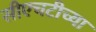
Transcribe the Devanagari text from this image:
सीएचटीच्या